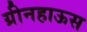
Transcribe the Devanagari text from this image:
ग्रीनहाऊस